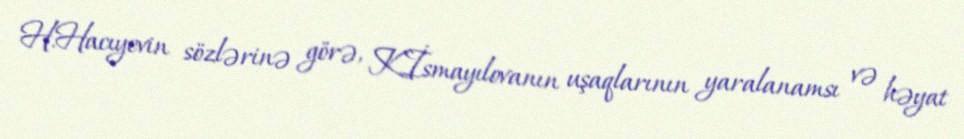
H.Hacıyevin sözlərinə görə, K.İsmayılovanın uşaqlarının yaralanamsı və həyat